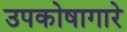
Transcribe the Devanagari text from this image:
उपकोषागारे